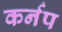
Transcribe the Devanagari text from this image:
कर्नप